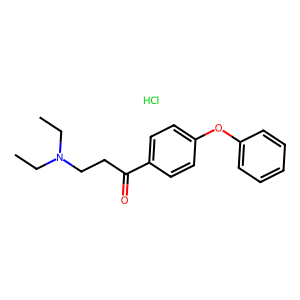
SMILES: CCN(CC)CCC(=O)c1ccc(Oc2ccccc2)cc1.Cl
Inhibits HIV replication: No